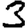
Digit: 3